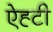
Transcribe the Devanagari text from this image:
ऐह्टी